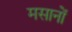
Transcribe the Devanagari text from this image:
मसानों